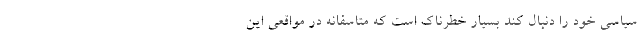
سیاسی خود را دنبال کند بسیار خطرناک است که متاسفانه در مواقعی این